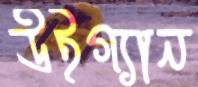
উইগ্যান